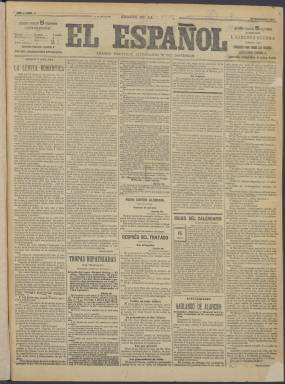
Título: El Español (Madrid. 1898)
Colección: Periódicos
Ámbito geográfico: Madrid
Lugar de publicación: Madrid
Fechas: 15/12/1898-08/12/1902